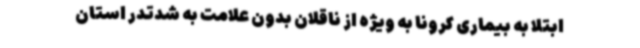
ابتلا به بیماری کرونا به ویژه از ناقلان بدون علامت به شدتدر استان